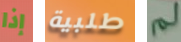
إذا طلبية لم